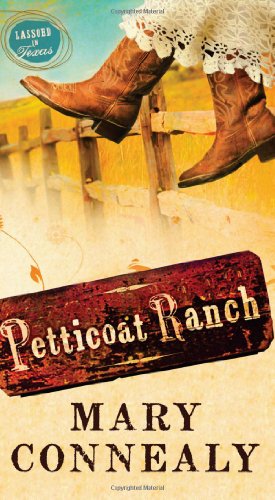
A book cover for PETTICOAT RANCH (LASSOED IN TEXAS); Mary Connealy; Christian Books & Bibles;